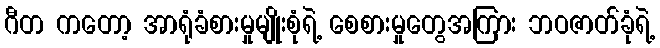
ဂီတ ကတော့ အာရုံခံစားမှုမျိုးစုံရဲ့ စေစားမှုတွေအကြား ဘဝဇာတ်ခုံရဲ့